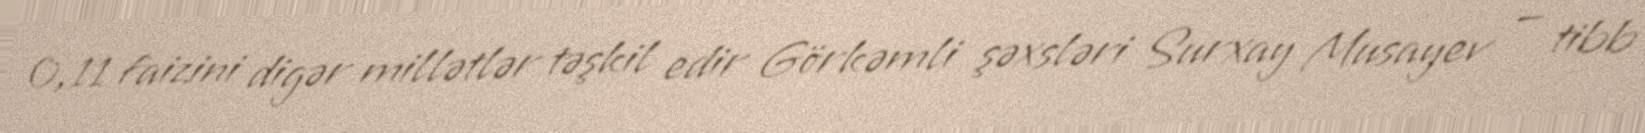
0,11 faizini digər millətlər təşkil edir Görkəmli şəxsləri Surxay Musayev — tibb